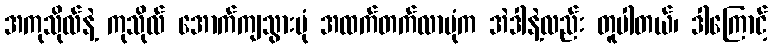
အကုသိုလ်နဲ့ ကုသိုလ် အောက်ကျသွားပုံ အထက်တက်လာပုံက အဲဒါနဲ့လည်း တူပါတယ်၊ ဒါကြောင့်